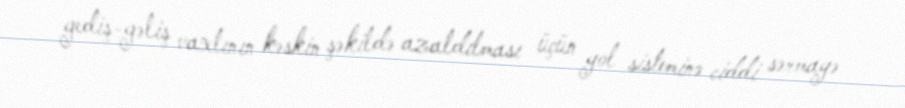
gediş-gəliş vaxtının kəskin şəkildə azaldılması üçün yol sisteminə ciddi sərmayə